NAE_ERA_R-30_Eesti_Riiklik_Spordiamet, lk 18
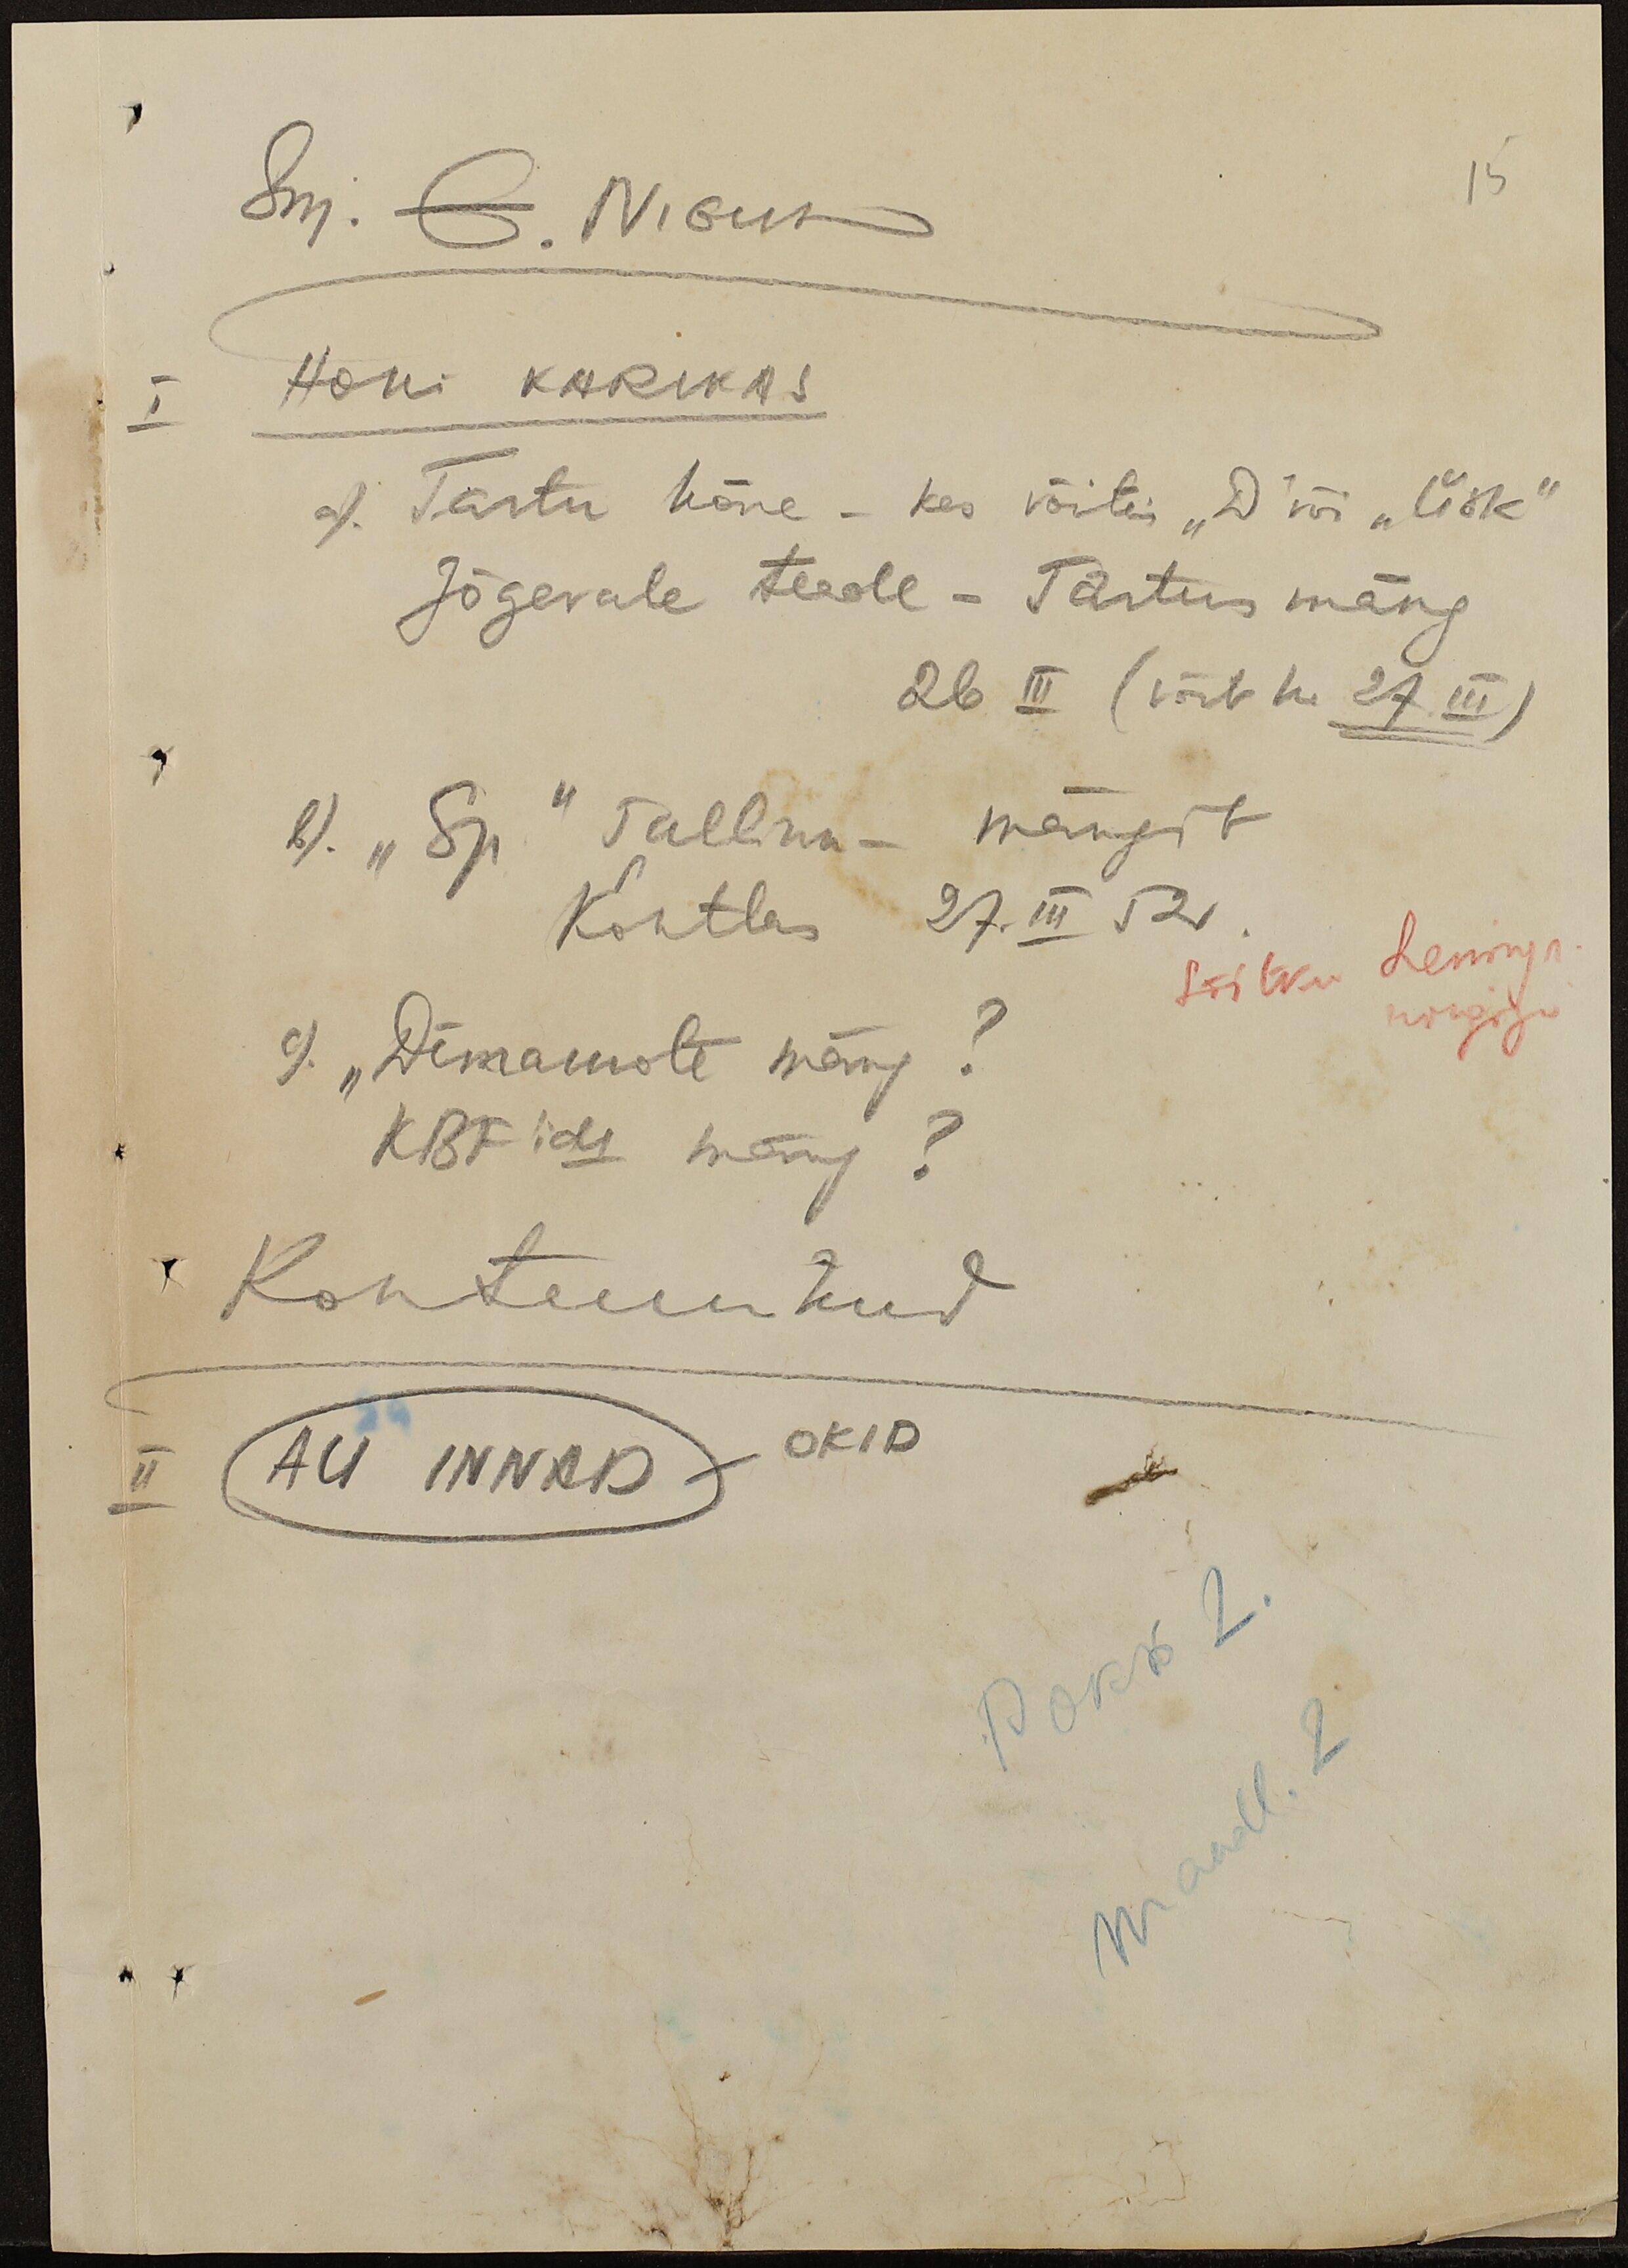
Sm. E. NIGUL
15
I Hoki KARIKAS
a). Tartu kõne - kes võitis "D" või "ÜSK"
Jõgevale teade - Tartus mäng
26 III (võib ka 27. III)
b). "Sp." Tallinn - mängib
Kohtlas 27. III 52.
Sõitku Leningr.
rongiga
c).  "Dünamote mäng?
KBF´ide mäng?
Kohtunikud
II AU INNAD - OKID